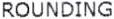
ROUNDING